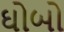
ઘોબો